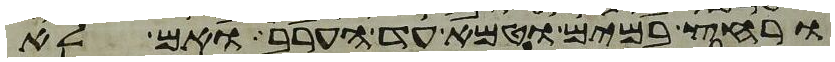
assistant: ורחץ במים וטמא עד הערב ואם לא